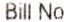
BILL NO